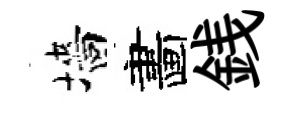
墻畵銭